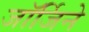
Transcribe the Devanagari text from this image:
जॉर्जिने